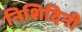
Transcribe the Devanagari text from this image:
निशिदिनी